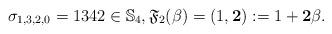
LaTeX: \begin{gather*}\sigma_{1,3,2,0}=1342 \in \mathbb{S}_4, \mathfrak{F}_2(\beta)= (1,{\bf 2}):=1+{\bf 2} \beta.\end{gather*}